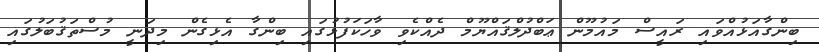
ބިންގާއަޅުއްވައި ރައީސް މައުމޫން ޢަބްދުލްޤައްޔޫމް ދެއްކެވި ވާހަކަފުޅުގައި ބިންގާ އެޅިގެން މިދަނީ މުސްތަޤުބަލުގައި